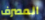
المصرف